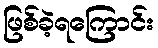
ဖြစ်ခဲ့ရကြောင်း